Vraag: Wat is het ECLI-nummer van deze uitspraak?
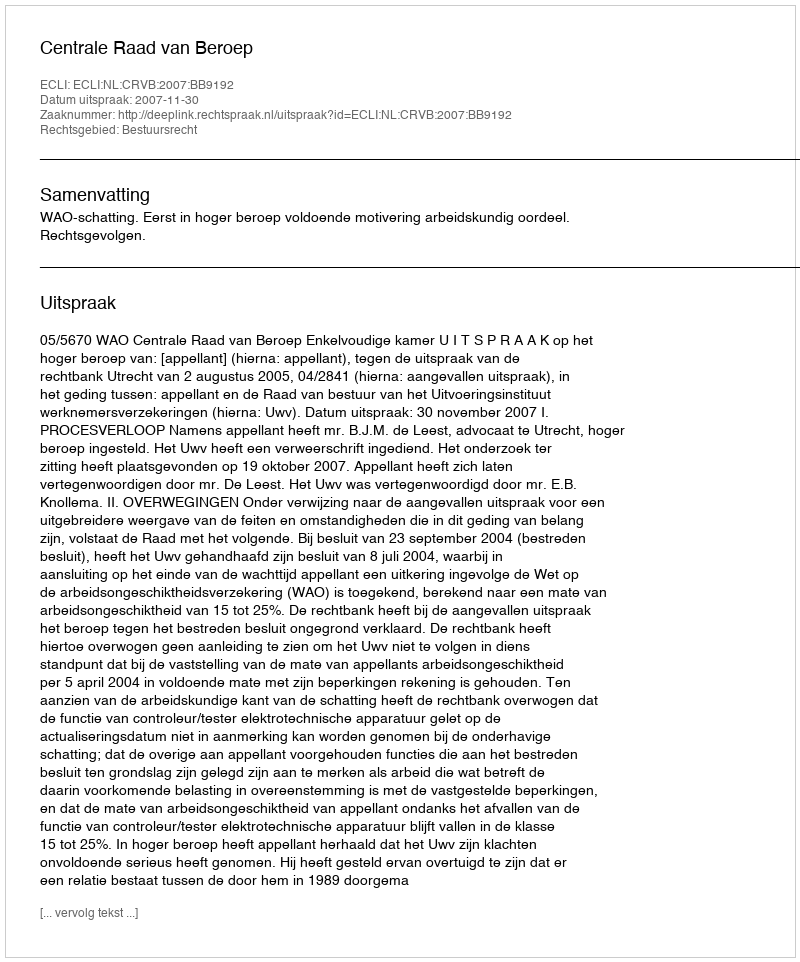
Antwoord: ECLI:NL:CRVB:2007:BB9192